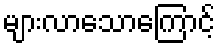
များလာသောကြောင့်